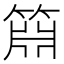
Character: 𬕝